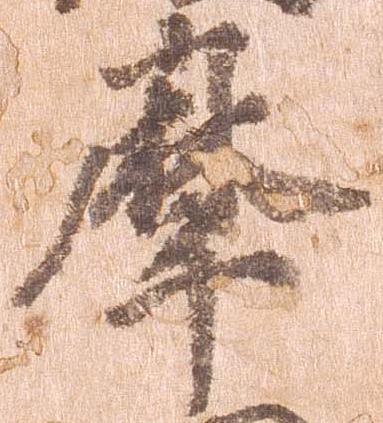
摩